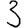
Digit: 3